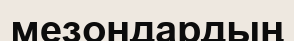
мезондардың